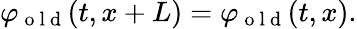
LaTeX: \begin{array}{r}{\varphi_{\mathrm{~o~l~d~}}(t,x+L)=\varphi_{\mathrm{~o~l~d~}}(t,x).}\end{array}